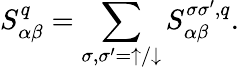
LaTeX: S_{\alpha\beta}^{q}=\sum_{\sigma,\sigma^{\prime}=\uparrow/\downarrow}S_{\alpha\beta}^{\sigma\sigma^{\prime},q}.